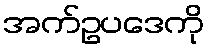
အက်ဥပဒေကို